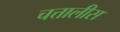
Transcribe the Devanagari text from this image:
चत्तालीस